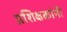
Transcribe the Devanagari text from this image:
प्रशिक्षकांनी